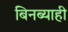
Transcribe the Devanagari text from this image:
बिनब्याही